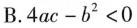
B.4ac-b²＜0